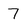
Character: 7